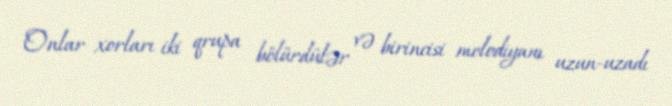
Onlar xorları iki qrupa bölürdülər və birincisi melodiyanı uzun-uzadı